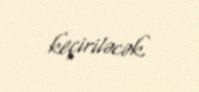
keçiriləcək.